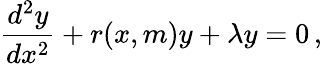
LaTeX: \frac{d^{2}y}{dx^{2}}+r(x,m)y+\lambda y=0\, ,